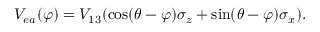
V _ { e a } ( \varphi ) = V _ { 1 3 } ( \cos ( \theta - \varphi ) \sigma _ { z } + \sin ( \theta - \varphi ) \sigma _ { x } ) .